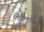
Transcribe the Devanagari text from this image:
लिटिलटन